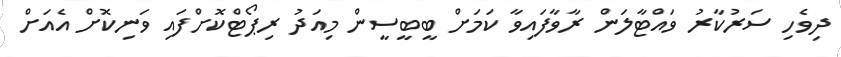
ދިވެހި ސަރުކާރު ވައްޓާލަން ރާވާފައިވާ ކަމަށް ބީބީސީން މިއަދު ރިޕޯޓްކޮށްފައި ވަނިކޮށް އެއަށް